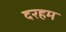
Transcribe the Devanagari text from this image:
दरहम